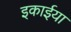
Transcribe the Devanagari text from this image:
इकाईया